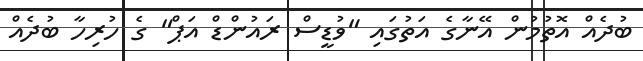
ބުދެއް އޮތުމުން އޭނާގެ އަތުގައި "ވުޑީސް ރައުންޑް އަޕް" ގެ ހުރިހާ ބުދެއް